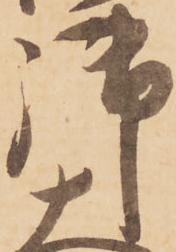
御